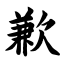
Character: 歉